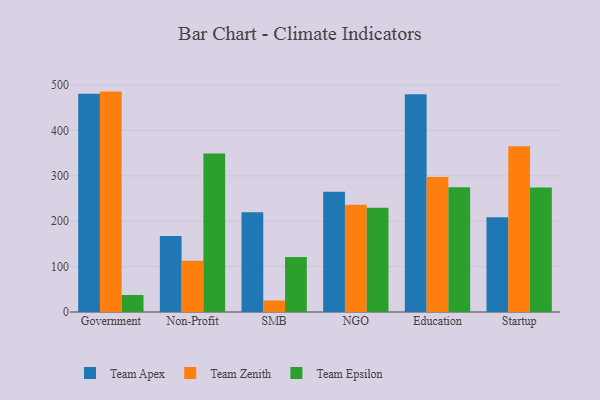
{"axis": {"x": "Segment", "y": "Page Views"}, "legend": ["Team Apex", "Team Epsilon", "Team Zenith"], "data": [{"x": "Government", "y": 480.8, "type": "Team Apex"}, {"x": "Government", "y": 485.7, "type": "Team Zenith"}, {"x": "Government", "y": 37.5, "type": "Team Epsilon"}, {"x": "Non-Profit", "y": 167.5, "type": "Team Apex"}, {"x": "Non-Profit", "y": 112.8, "type": "Team Zenith"}, {"x": "Non-Profit", "y": 349.1, "type": "Team Epsilon"}, {"x": "SMB", "y": 219.8, "type": "Team Apex"}, {"x": "SMB", "y": 25.4, "type": "Team Zenith"}, {"x": "SMB", "y": 121.4, "type": "Team Epsilon"}, {"x": "NGO", "y": 265.2, "type": "Team Apex"}, {"x": "NGO", "y": 236.1, "type": "Team Zenith"}, {"x": "NGO", "y": 229.7, "type": "Team Epsilon"}, {"x": "Education", "y": 479.7, "type": "Team Apex"}, {"x": "Education", "y": 297.7, "type": "Team Zenith"}, {"x": "Education", "y": 275.1, "type": "Team Epsilon"}, {"x": "Startup", "y": 208.9, "type": "Team Apex"}, {"x": "Startup", "y": 365.0, "type": "Team Zenith"}, {"x": "Startup", "y": 274.2, "type": "Team Epsilon"}]}